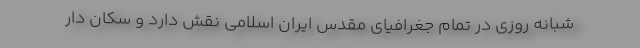
شبانه روزی در تمام جغرافیای مقدس ایران اسلامی نقش دارد و سکان دار